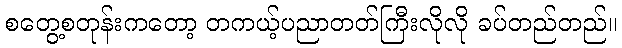
စတွေ့စတုန်းကတော့ တကယ့်ပညာတတ်ကြီးလိုလို ခပ်တည်တည်။